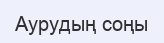
Аурудың соңы